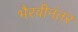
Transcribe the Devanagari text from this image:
भैरवीनंतर